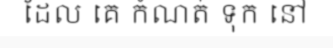
ដែល គេ កំណត់ ទុក នៅ